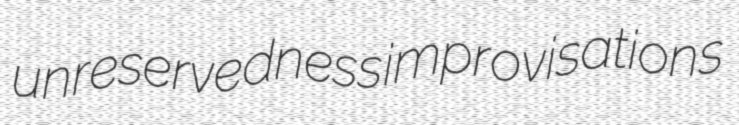
unreservedness improvisations